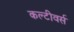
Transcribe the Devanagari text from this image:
कल्टीवर्स